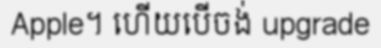
Apple។ ហើយបើចង់ upgrade